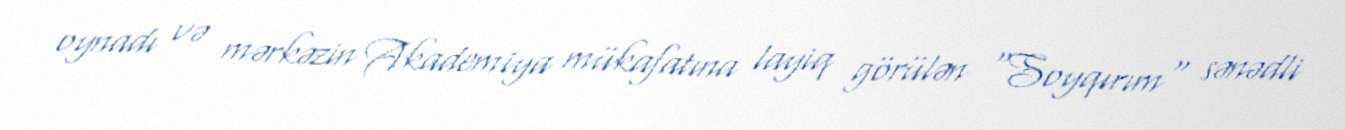
oynadı və mərkəzin Akademiya mükafatına layiq görülən "Soyqırım" sənədli